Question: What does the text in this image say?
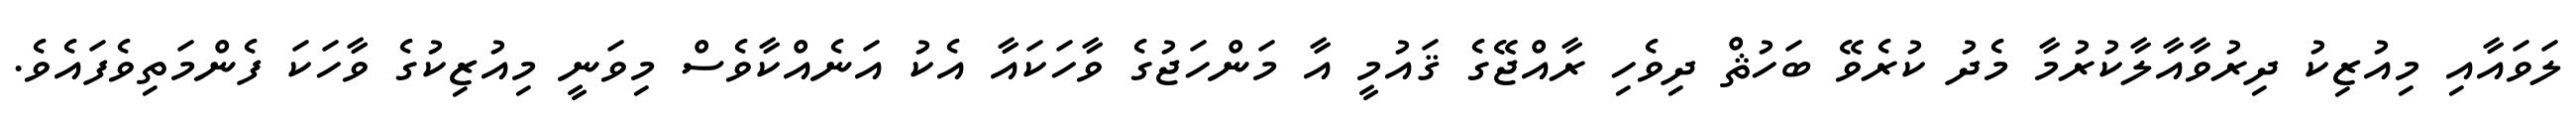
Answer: ލަވައާއި މިއުޒިކު ދިރުވާއާލާކުރުމާ މެދު ކުރެވޭ ބަހުޘް ދިވެހި ރާއްޖޭގެ ޤައުމީ އާ މަންހަޖުގެ ވާހަކައާ އެކު އަނެއްކާވެސް މިވަނީ މިއުޒިކުގެ ވާހަކަ ފެންމަތިވެފައެވެ.